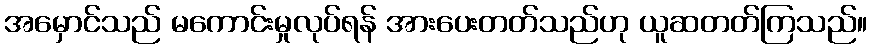
အမှောင်သည် မကောင်းမှုလုပ်ရန် အားပေးတတ်သည်ဟု ယူဆတတ်ကြသည်။